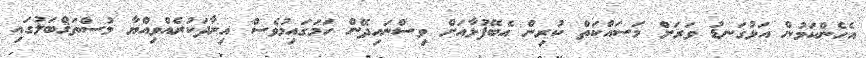
އެހެންކަމުން އަޅުގަނޑު ވަރަށް މަސައްކަތް ކުރިން އެބޭފުޅާއަށް ވިސްނައިދޭން ހަމަގައިމުވެސް އިރާދަކުރެއްވިއްޔާ މުސްތަޤްބަލުގައި